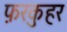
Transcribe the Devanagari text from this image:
फ़रकुहर